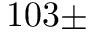
1 0 3 \pm